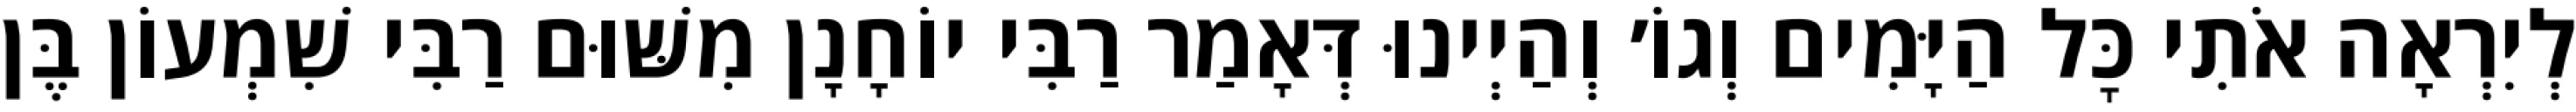
לְיִרְאָה אֹתִי כׇּל הַיָּמִים וְגוֹ׳ וְהַיְינוּ דְּאָמַר רַבִּי יוֹחָנָן מִשּׁוּם רַבִּי שִׁמְעוֹן בֶּן